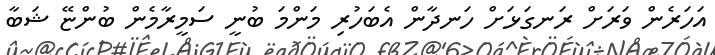
އަހަރެން ވަރަށް ރަނގަޅަށް ހަނދާން އެބަހުރި މަންމަ ބުނީ ސަމީރާމެން ބުންޏޭ ޝަބާ